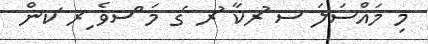
މި މައްސަލަަ ސ ުރކާ ުރ ެގ މަ ްސވެ ިރ ަކން